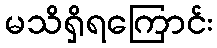
မသိရှိရကြောင်း